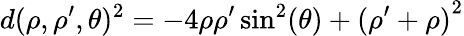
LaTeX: d(\rho,\rho^{\prime},\theta)^{2}=-4\rho\rho^{\prime}\sin^{2}(\theta)+{(\rho^{\prime}+\rho)}^{2}